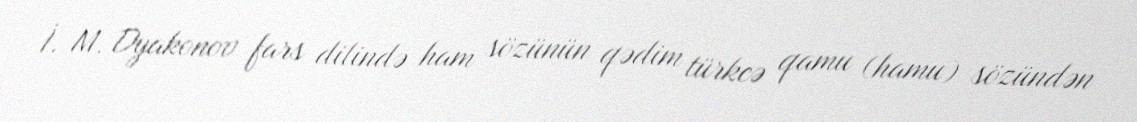
İ. M. Dyakonov fars dilində ham sözünün qədim türkcə qamu (hamu) sözündən